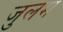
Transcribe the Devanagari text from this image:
जुलम